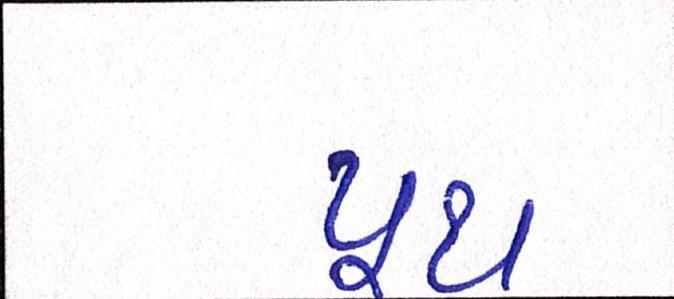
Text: યૂથ